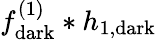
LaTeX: f_{\mathrm{dark}}^{(1)}*h_{1,\mathrm{dark}}